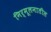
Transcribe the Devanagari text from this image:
निर्मूलनातील